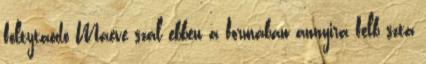
foltytaódó Maeve szál ebben a formában annyira felb szta